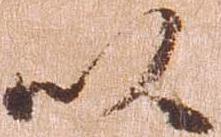
以